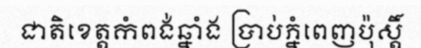
ជាតិខេត្តកំពង់ឆ្នាំង ប្រាប់ភ្នំពេញប៉ុស្តិ៍